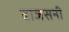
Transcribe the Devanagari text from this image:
वाजसनी